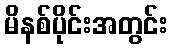
မိနစ်ပိုင်းအတွင်း